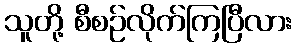
သူတို့ စီစဉ်လိုက်ကြပြီလား